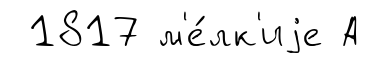
1817 м'е́лк'иjе А